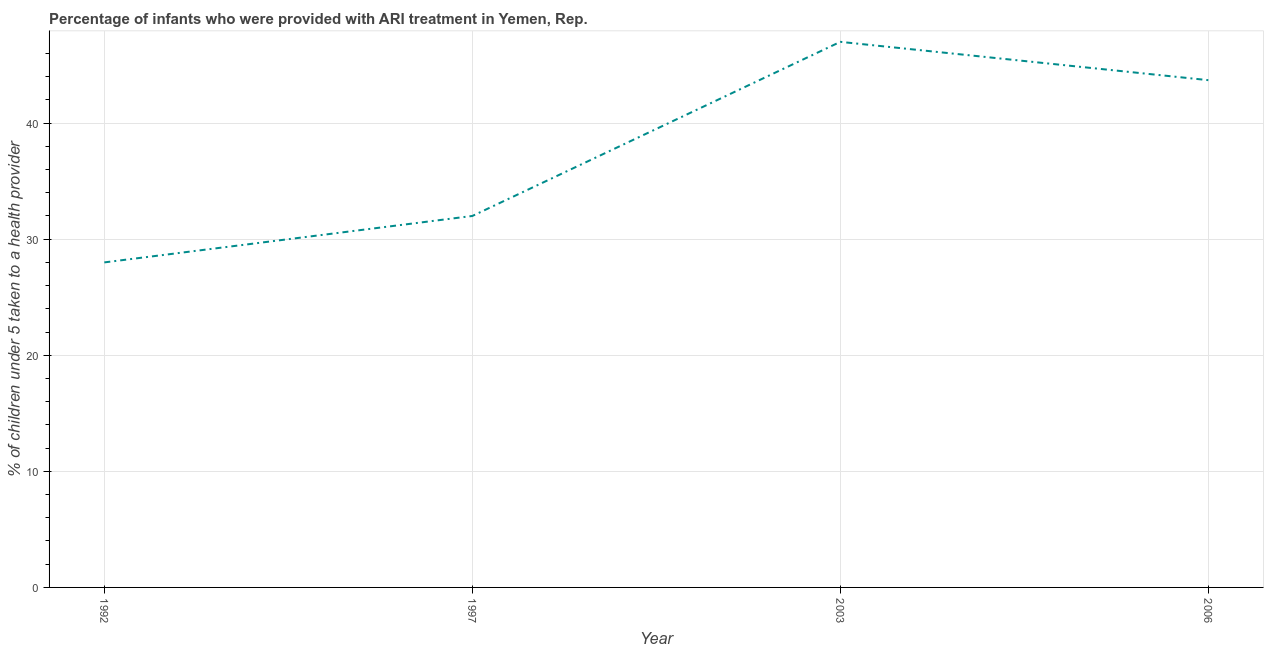
| Year | ARI treatment |
 | --- | --- |
 | 1992 | 28 |
 | 1997 | 32 |
 | 2003 | 47 |
 | 2006 | 43.7 |